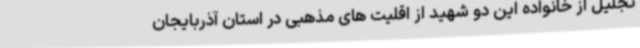
تجلیل از خانواده این دو شهید از اقلیت های مذهبی در استان آذربایجان